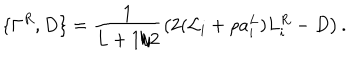
LaTeX: \{ \Gamma ^ { R } , D \} = \frac { 1 } { L + 1 / 2 } \left( 2 ( { \cal L } _ { i } + \rho a _ { i } ^ { L } ) L _ { i } ^ { R } - D \right) .